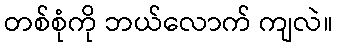
တစ်စုံကို ဘယ်လောက် ကျလဲ။